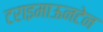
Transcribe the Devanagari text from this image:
टराइमाऊनटेन